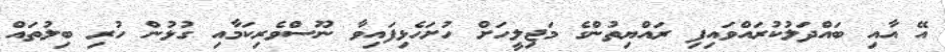
އޭ އާއި ބައްދަލުކުރައްވައިފި ރައްޔިތުންގެ މަޖިލީހަށް ހުށަހެޅިފައިވާ ނޫސްވެރިކަމާއި ގުޅުން ހުރި ބިލުތައް